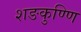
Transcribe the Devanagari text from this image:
शङकुण्णि